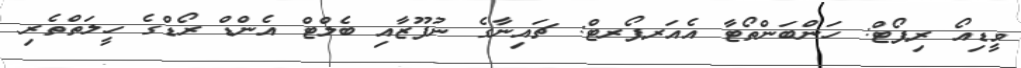
ވީޑިއޯ ރިޕޯޓް: ހަންބަންތޯޓާ އެއަރޕޯރޓް: ޗައިނާގެ ނުފޫޒާއި ބެލްޓް އެންޑް ރޯޑްގެ ހީލަތްތެރި